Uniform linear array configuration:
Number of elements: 32
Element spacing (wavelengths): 0.5
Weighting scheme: hamming
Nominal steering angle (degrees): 45
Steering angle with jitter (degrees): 45.176
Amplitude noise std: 0.05
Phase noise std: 0.05

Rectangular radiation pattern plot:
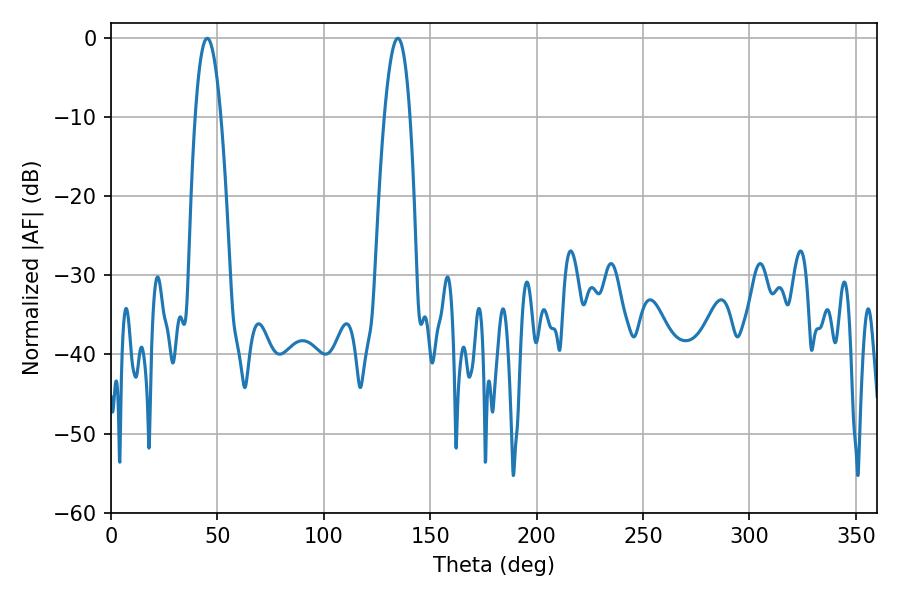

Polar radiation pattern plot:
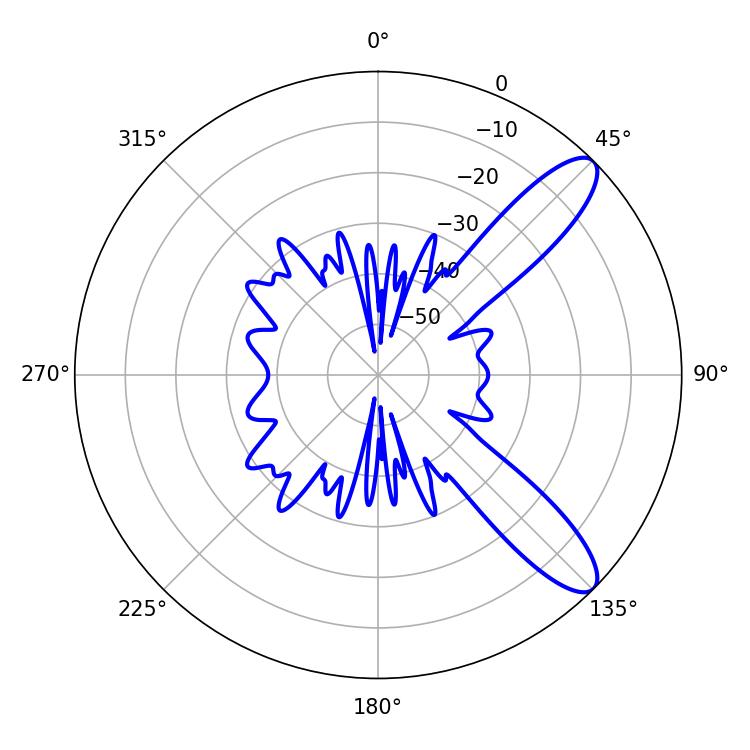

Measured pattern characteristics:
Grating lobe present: FALSE
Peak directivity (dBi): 10.524
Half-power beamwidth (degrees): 6.66
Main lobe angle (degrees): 45.18